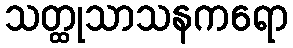
သတ္ထုသာသနကရော